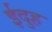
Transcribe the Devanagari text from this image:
ईदुह